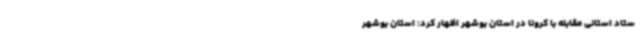
ستاد استانی مقابله با کرونا در استان بوشهر اظهار کرد: استان بوشهر